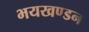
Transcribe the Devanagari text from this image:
भयखण्डन